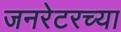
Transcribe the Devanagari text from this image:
जनरेटरच्या